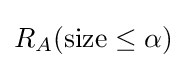
R_{A}({\text{size}}\leq \alpha )